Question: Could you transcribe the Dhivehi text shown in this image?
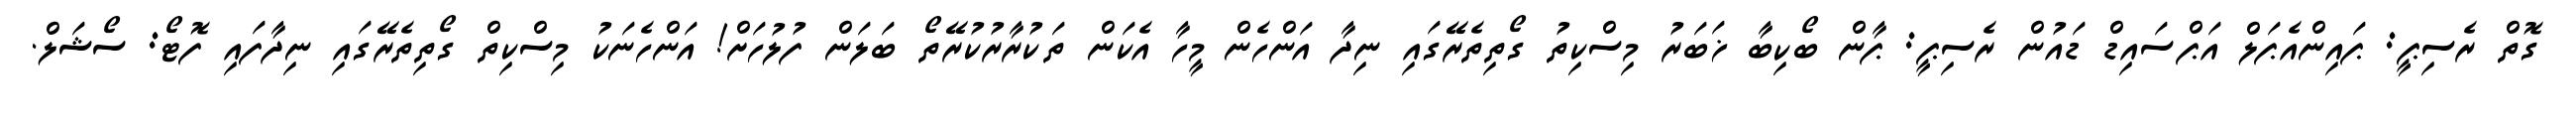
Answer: ގޮތް ރެސިޕީ: ޕައިންއެޕަލް އަޕްސައިޑް ޑައުން ރެސިޕީ: ޕާން ބޯކިބާ ޚަބަރު މިސްކިތު ގޯތިތެރޭގައި ނިދާ އަންހެން މީހާ އެކަން ތަކުރާރުކުރޭތޯ ބަލަން ފުލުހަށް! އަންހެނަކު މިސްކިތް ގޯތިތެރޭގައި ނިދާފައި ފޮޓޯ: ސޯޝަލް.